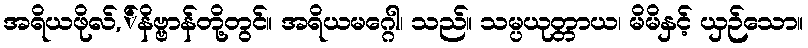
အရိယဖိုလ်,်နိဗ္ဗာန်တို့တွင်။ အရိယမဂ္ဂေါ၊ သည်။ သမ္ပယုတ္တာယ၊ မိမိနှင့် ယှဉ်သော။